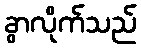
ခွာလိုက်သည်